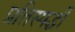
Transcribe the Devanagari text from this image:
प्रतिस्‍पर्द्धी